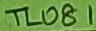
Text: TL081